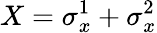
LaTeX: X=\sigma_{x}^{1}+\sigma_{x}^{2}